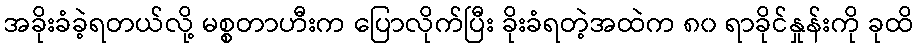
အခိုးခံခဲ့ရတယ်လို့ မစ္စတာဟီးက ပြောလိုက်ပြီး ခိုးခံရတဲ့အထဲက ၈၀ ရာခိုင်နှုန်းကို ခုထိ